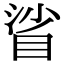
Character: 𥆝